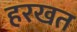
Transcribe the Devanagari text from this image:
हरखत